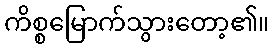
ကိစ္စမြောက်သွားတော့၏။